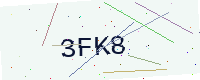
Text: 3FK8